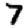
Digit: 7